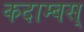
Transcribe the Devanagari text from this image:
कदाम्बस्